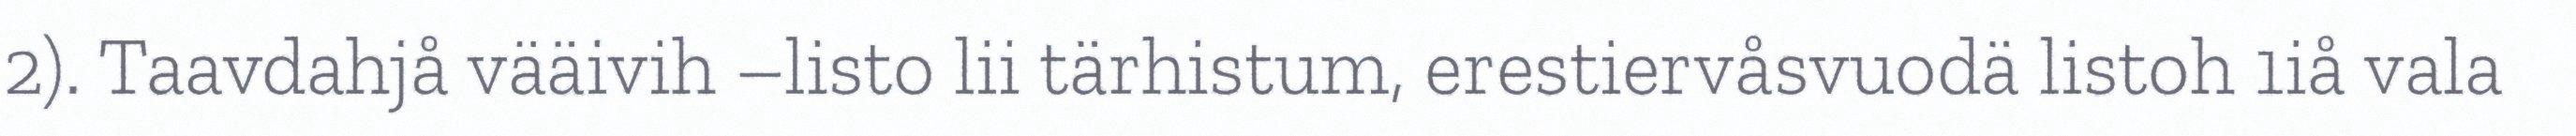
2). Taavdahjå vääivih –listo lii tärhistum, erestiervåsvuodä listoh 1iå vala